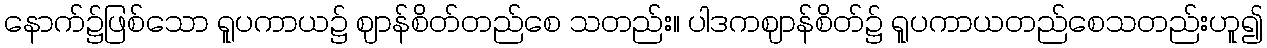
နောက်၌ဖြစ်သော ရူပကာယ၌ ဈာန်စိတ်တည်စေ သတည်း။ ပါဒကဈာန်စိတ်၌ ရူပကာယတည်စေသတည်းဟူ၍